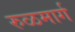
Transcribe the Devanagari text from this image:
रुळमार्ग